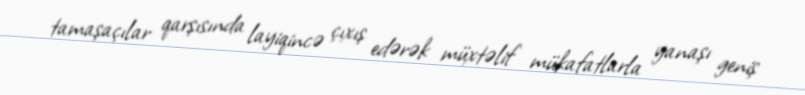
tamaşaçılar qarşısında layiqincə çıxış edərək müxtəlif mükafatlarla yanaşı geniş